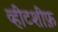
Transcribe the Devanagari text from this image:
व्हीटशीफ़